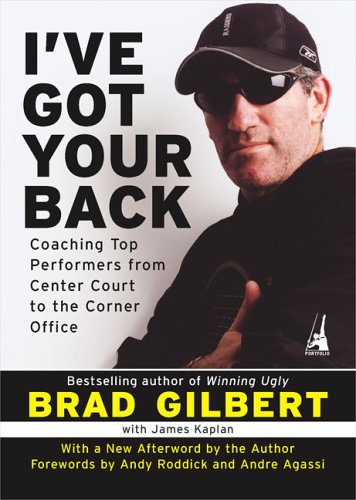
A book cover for I've Got Your Back: Coaching Top Performers from Center Court to the Corner Office; Brad Gilbert; Sports & Outdoors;